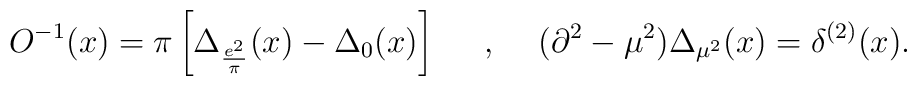
O^{-1}(x)=\pi\left[ \Delta_{\frac{e^2}{\pi}}(x)-\Delta_0(x)\right]\makebox[.5in]{,}(\partial^2-\mu^2)\Delta_{\mu^2}(x)=\delta^{(2)}(x).